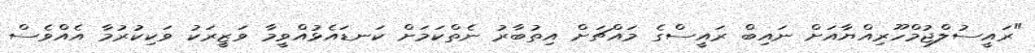
"ރައީސުލްޖުމްހޫރިއްޔާއަށް ނައިބް ރައީސްގެ މައްޗަށް އިތުބާރު ނެތްކަމަށް ކަނޑައެޅުއްވީމާ ވަޒީރަކު ވަކިކުރުމާ އެއްވެސް